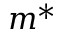
m ^ { * }